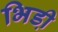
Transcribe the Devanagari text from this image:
भिडी़